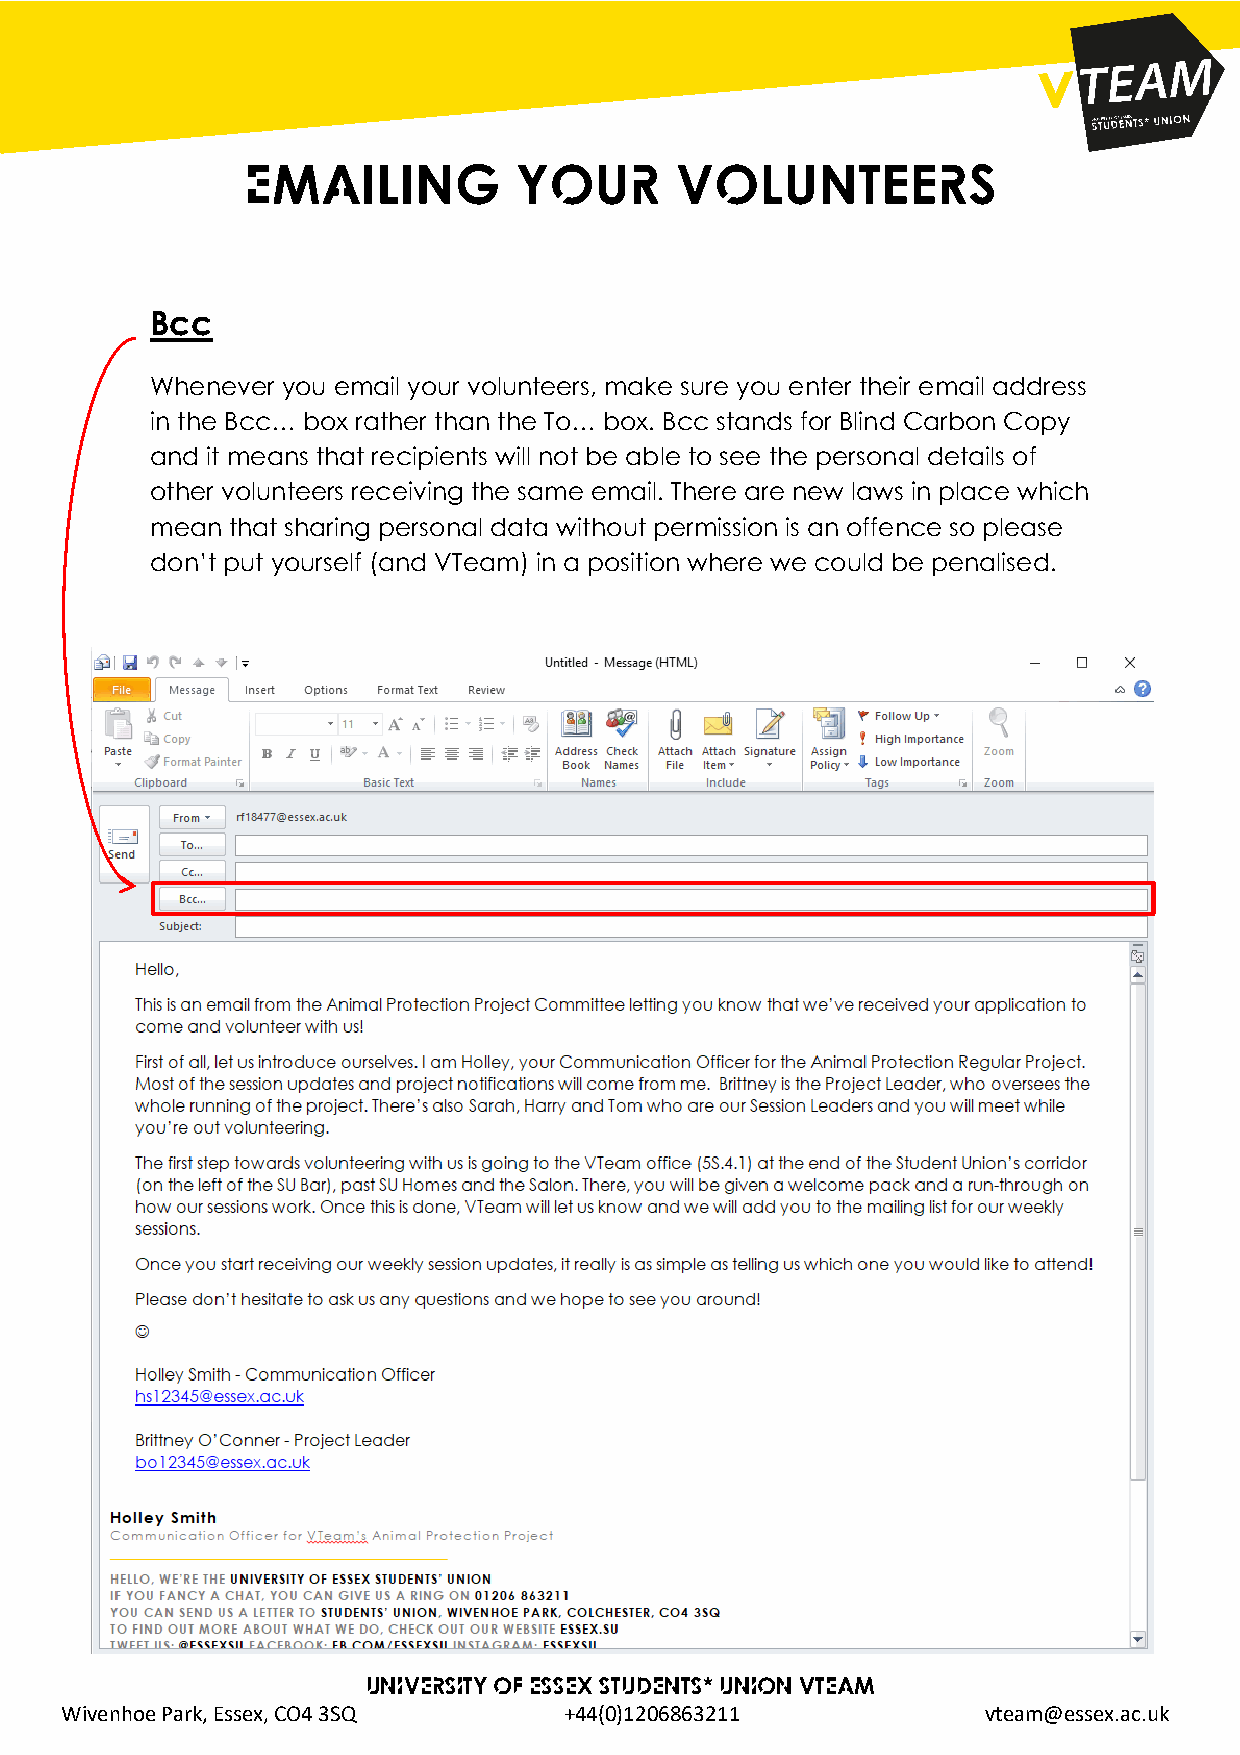
Emailing          your       Volunteers
 Bcc
 Whenever you email your volunteers, make sure you enter their email address
 in the Bcc… box rather than the To… box. Bcc stands for Blind Carbon Copy
 and it means that recipients will not be able to see the personal details of
 other volunteers receiving the same email. There are new laws in place which
 mean that sharing personal data without permission is an offence so please
 don’t put yourself (and VTeam) in a position where we could be penalised.
 UNIVERSITY OF ESSEX STUDENTS* UNION VTEAM
 Wivenhoe Park, Essex, CO4 3SQ    +44(0)1206863211            vteam@essex.ac.uk